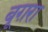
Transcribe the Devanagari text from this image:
बूग़रा